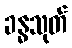
ခန္ဓသုတ်